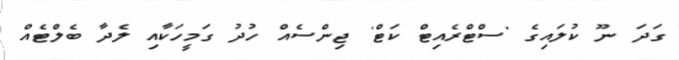
ގަދަ ނޫ ކުލައިގެ 'ސްޓްރެއިޓް ކަޓް' ޖިންސެއް ހުދު ގަމީހަކާއި ލެދާ ބެލްޓެއް